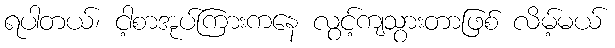
ရပါတယ်၊ ငါ့စာအုပ်ကြားကနေ လွင့်ကျသွားတာဖြစ် လိမ့်မယ်